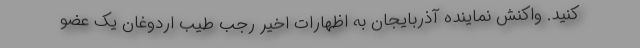
کنید. واکنش نماینده آذربایجان به اظهارات اخیر رجب طیب اردوغان یک عضو